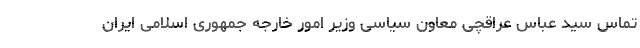
تماس سید عباس عراقچی معاون سیاسی وزیر امور خارجه جمهوری اسلامی ایران